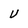
Character: V